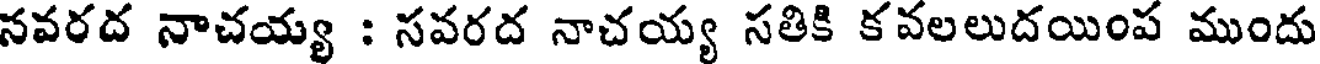
నవరద నాచయ్య : సవరద నాచయ్య సతికి కవలలుదయింప ముందు